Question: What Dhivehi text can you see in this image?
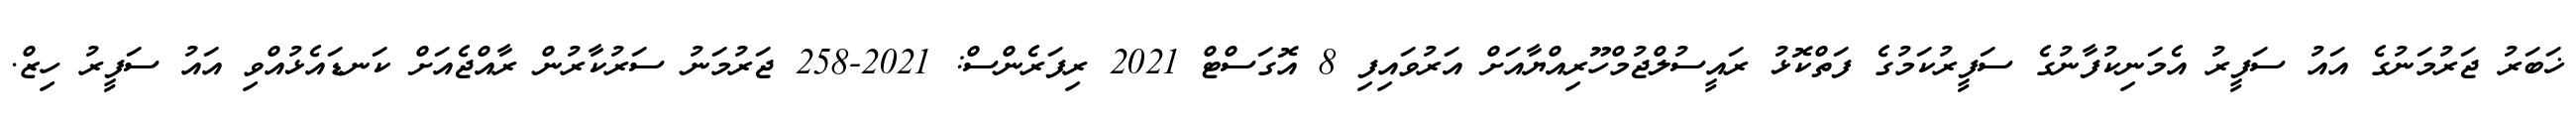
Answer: ޚަބަރު ޖަރުމަނުގެ އައު ސަފީރު އެމަނިކުފާނުގެ ސަފީރުކަމުގެ ފަތްކޮޅު ރައީސުލްޖުމްހޫރިއްޔާއަށް އަރުވައިފި 8 އޮގަސްޓް 2021 ރިފަރެންސް: 2021-258 ޖަރުމަނު ސަރުކާރުން ރާއްޖެއަށް ކަނޑައެޅުއްވި އައު ސަފީރު ހިޒް.